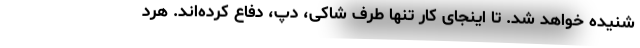
شنیده خواهد شد. تا اینجای کار تنها طرف شاکی، دپ، دفاع کرده‌اند. هرد